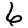
Digit: 6